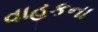
વાહકના